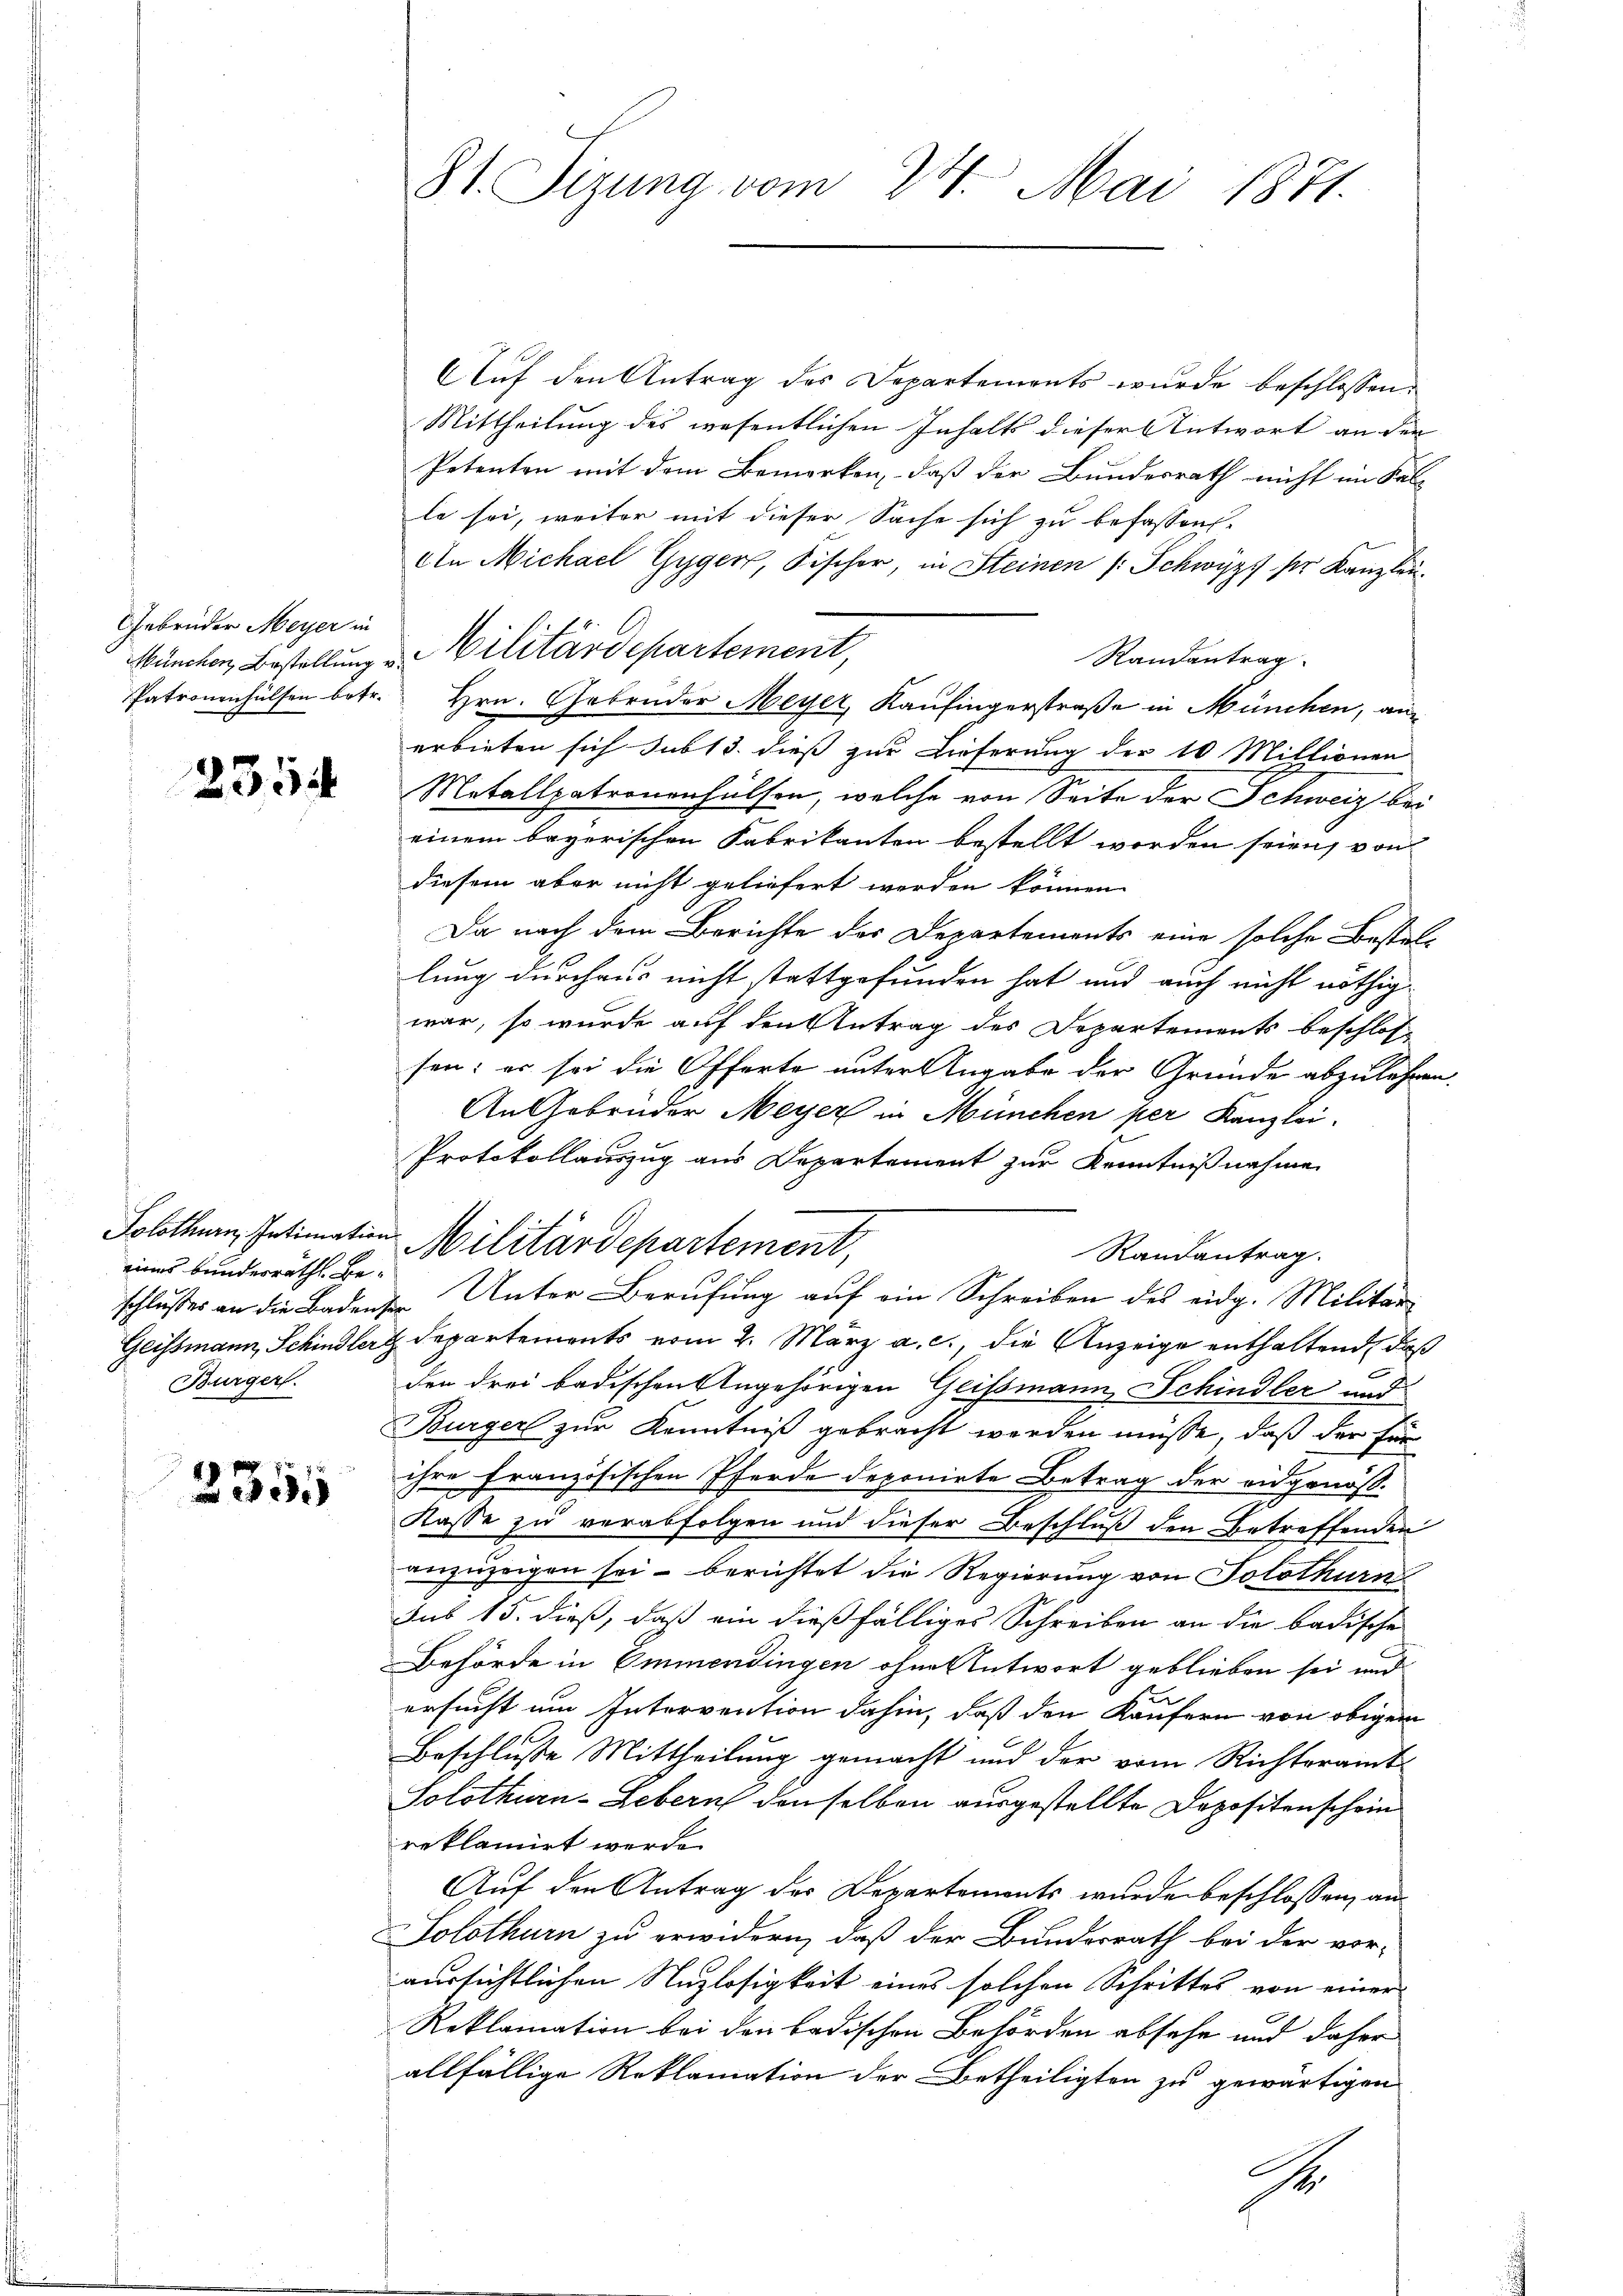
Gebrüder Meyer in

2354

eines bunderräthl. Be-
Bürgerl.

2355

8t. Sizung vom 24. Mai 1871.

Auf den Antrag des Departements wurde beschlossen:
Mittheilung des wesentlichen Inhalts dieser Antwort an den
Petenten mit dem Bemerken, daß der Bundesrath nicht im Salle sei, weiter mit dieser Sache sich zu befassens-
An Michael Gyger, Fischer, in Steinen (: Schwyz pr. Kanzlei¬
Randantrag
Patronenhülfen betr. Hrn. Gebrüder Meyer, Kaufingerstraße in München, anerbieten sich sub 13. dieß zur Lieferung der 10 Millionen
Motallpatronenhülfen, welche von Seite der Schweiz bei
einem bayerischen Fabrikanten bestellt worden seien, von
diesem aber nicht geliefert werden können.
Da nach dem Berichte des Departements eine solche Bestellung durchaus nicht stattgefunden hat und auch nicht nöthigwar, so wurde auf den Antrag des Departements beschlos-
sen; er sei die Offerte unter Angabe der Gründe abzulehren.
An Gebrüder Meyer in München per Kanzlei
Protokollauszug aus Departement zur Kenntnißnahme
Randantrag.
schlusses an die Badenser Unter Berufung auf ein Schreiben des eidg. Militär¬
Geissmann, Schindler Departements vom 2. März a. c., die Anzeige enthaltend daß
den drei badischen Angehörigen Geissmann Schindler und
Burger zur Kenntniß gebracht werden müsse, daß der für
ihre französischen Pferde deponirte Betrag der eidgenös-
Kasse zu verabfolgen und dieser Beschluß den Betreffenden
anzuzeigen sei, berichtet die Regierung von Solothurn
sub 15. dieß, daß ein dießfälliges Schreiben an die badische
Behörde in Emmendingen ohne Antwort geblieben sei und
ersucht um Intervention dahin, daß den Käufern von obigem
Beschlusse Mittheilung gemacht und der vom Richteramt
Solothurn-Lebern denselben ausgestellte Dopositenschein
reklamirt werde.
Auf den Antrag des Departements wurde beschlossen, an
Solothurn zu erwidern, daß der Bundesrath bei der vor-
aussichtlichen Nuzlosigkeit eines solchen Schrittes von einer
Reklamation bei den badischen Behörden absehe und daher
allfällige Reklamation der Betheiligten zu gewärtigen
1

Müncher Bestellung v. Militärdepartement,

Solothurn, Intimation Militärdepartement,